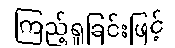
ကြည့်ရှုခြင်းဖြင့်